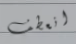
انعطف